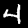
Label: 4